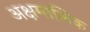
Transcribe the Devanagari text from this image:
अक्षमालिक